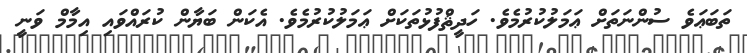
ތަބަޢަވެ ސުންނަތަށް ޢަމަލުކުރުމެވެ. ހަދީޘްފުޅުތަކަށް ޢަމަލުކުރުމެވެ. އެކަން ބަޔާން ކުރައްވައި އިމާމް ވަނީ